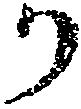
か